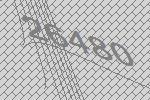
26480